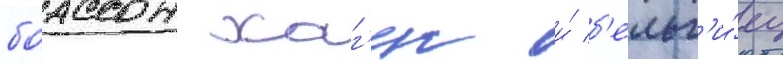
боассон хаг'ен и́ б'ельг'и́ец